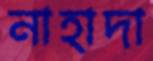
নাহাদা